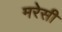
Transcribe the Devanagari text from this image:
मरेसी